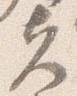
夫